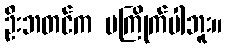
ဦးဘတင်က မကြိုက်ပါဘူး။